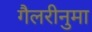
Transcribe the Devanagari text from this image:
गैलरीनुमा